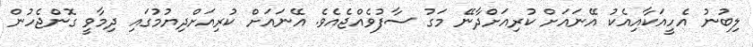
ލިބުނު އެހީއަކާއިއެކު އޭނައަށް ކުރިއަށްދާނޭ މަގު ސާފުވެއްޖެއެވެ. އޭނައަށް ކުރިއަށްދިޔުމުގައި ދިމާވީ ގޮންޖެހުން